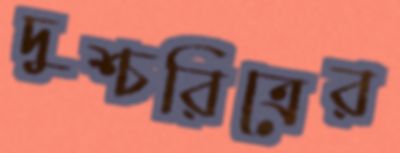
দুশ্চরিত্রের